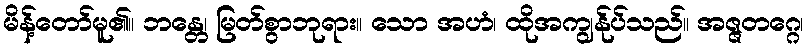
မိန့်တော်မူ၏။ ဘန္တေ၊ မြတ်စွာဘုရား။ သော အဟံ၊ ထိုအကျွန်ုပ်သည်။ အဇ္ဇတဂ္ဂေ၊